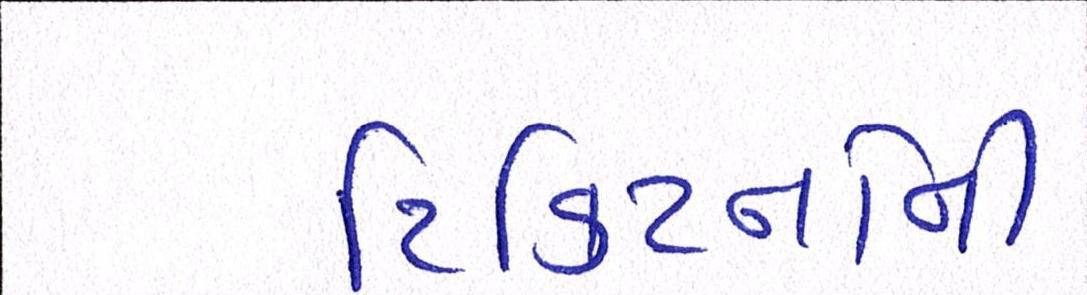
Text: ટિકિટનોની